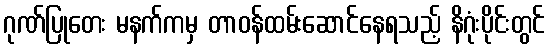
ဂုဏ်ပြုတေး မနက်ကမှ တာဝန်ထမ်းဆောင်နေရသည့် နိဂုံးပိုင်းတွင်